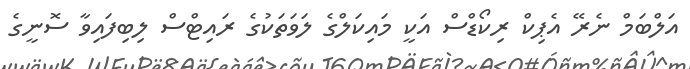
އަލްބަމް ނެރޭ އެޕިކް ރިކޯޑްސް އަކީ މައިކަލްގެ ލަވަތަކުގެ ރައިޓްސް ލިބިފައިވާ ސޮނީގެ